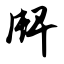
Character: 牌